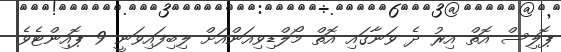
ޕޮލިސް އޮތް އިރު ދެ ވަނާގައި އޮތް މޯލްޑިވިއަންއަށް ލިބިފައިވަނީ 9 ޕޮއިންޓެވެ.